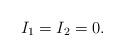
LaTeX: \begin{align*}I_1 = I_2 = 0.\end{align*}